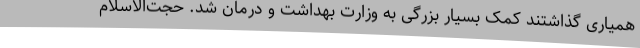
همیاری گذاشتند کمک بسیار بزرگی به وزارت بهداشت و درمان شد. حجت‌الاسلام